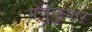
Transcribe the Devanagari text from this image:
मंजुकुमार